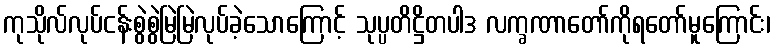
ကုသိုလ်လုပ်ငန်းစွဲစွဲမြဲမြဲလုပ်ခဲ့သောကြောင့် သုပ္ပတိဋ္ဌိတပါဒ လက္ခဏာတော်ကိုရတော်မူကြောင်း၊